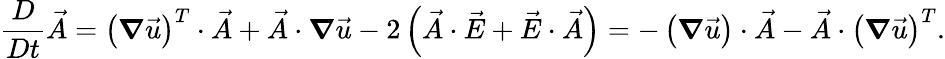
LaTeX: \frac{D}{Dt}\vec{A}=\left(\boldsymbol{\nabla}\vec{u}\right)^{T}\cdot\vec{A}+\vec{A}\cdot\boldsymbol{\nabla}\vec{u}-2\left(\vec{A}\cdot\vec{E}+\vec{E}\cdot\vec{A}\right)=-\left(\boldsymbol{\nabla}\vec{u}\right)\cdot\vec{A}-\vec{A}\cdot\left(\boldsymbol{\nabla}\vec{u}\right)^{T}.